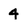
Character: 4